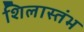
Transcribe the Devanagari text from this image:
शिलास्तंभ